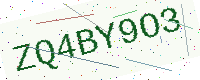
Text: ZQ4BY9O3